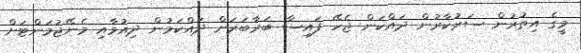
މީގެ އިތުރުން ސަރުކާރުން ދައްކަން ޖެހޭ ފައިސާ ބަރާބަރަށް ދައްކަމުން ދިއުމާއި މެނޭޖުމަންޓަށް